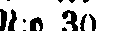
N:o 30